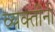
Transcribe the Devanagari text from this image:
व्‍यक्‍तींनी